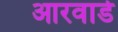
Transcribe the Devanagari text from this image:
आरवाडे